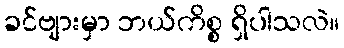
ခင်ဗျားမှာ ဘယ်ကိစ္စ ရှိပါသလဲ။